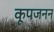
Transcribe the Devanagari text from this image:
कूपजनन